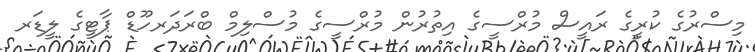
މިސްރުގެ ކުރީގެ ރައީސް މުރްސީގެ އިތުރުން މުރްސީގެ މުސްލިމް ބްރަދަރހޫޑް ޕާޓީގެ ލީޑަރ